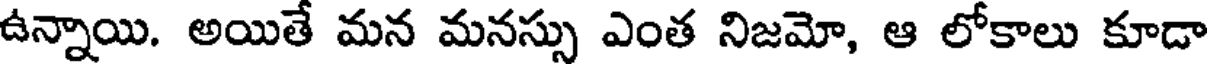
ఉన్నాయి. అయితే మన మనస్సు ఎంత నిజమో, ఆ లోకాలు కూడా